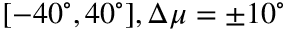
[ - 4 0 ^ { \circ } , 4 0 ^ { \circ } ] , \Delta \mu = \pm 1 0 ^ { \circ }